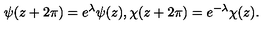
\psi ( z + 2 \pi ) = e ^ { \lambda } \psi ( z ) , \chi ( z + 2 \pi ) = e ^ { - \lambda } \chi ( z ) .